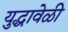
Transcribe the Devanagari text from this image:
युद्धावेळी